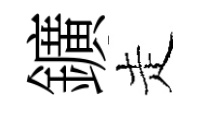
鑛走